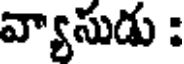
వ్యాసుడు :